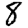
Digit: 8